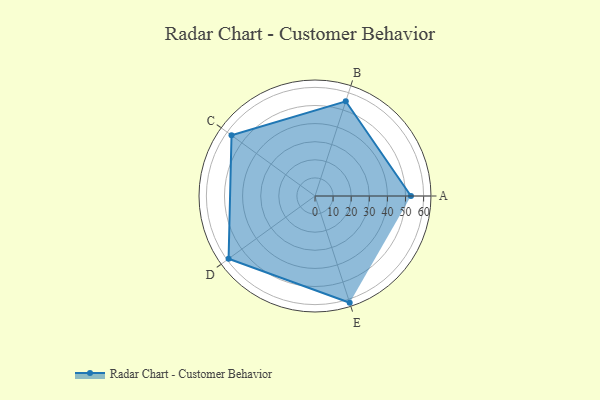
{"axis": {"x": "Skill", "y": "Score"}, "legend": ["Profile"], "data": [{"x": "A", "y": 53.0, "type": "Profile"}, {"x": "B", "y": 55.0, "type": "Profile"}, {"x": "C", "y": 57.0, "type": "Profile"}, {"x": "D", "y": 59.0, "type": "Profile"}, {"x": "E", "y": 62.0, "type": "Profile"}]}